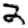
Digit: 2